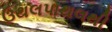
ઉથલપાથલથી